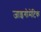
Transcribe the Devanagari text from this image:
जाइगोमेटिक